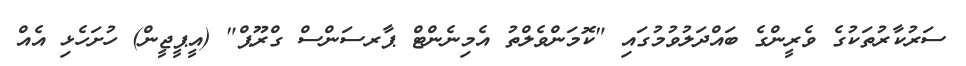
ސަރުކާރުތަކުގެ ވެރީންގެ ބައްދަލުވުމުގައި "ކޮމަންވެލްތު އެމިނެންޓް ޕާރސަންސް ގްރޫޕް" (އީޕީޖީން) ހުށަހެޅި އެއް